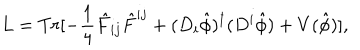
LaTeX: L = T r [ - \frac { 1 } { 4 } { \hat { F } } _ { i j } { \hat { F } } ^ { i j } + ( D _ { i } { \hat { \phi } } ) ^ { \dagger } ( D ^ { i } { \hat { \phi } } ) + V ( \hat { \phi } ) ] ,